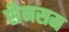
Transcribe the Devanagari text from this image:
सैनसम